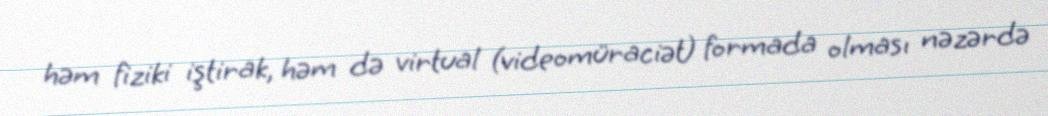
həm fiziki iştirak, həm də virtual (videomüraciət) formada olması nəzərdə